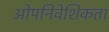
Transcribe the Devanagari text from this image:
ओपनिवेशिकता